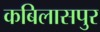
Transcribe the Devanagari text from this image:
कबिलासपुर